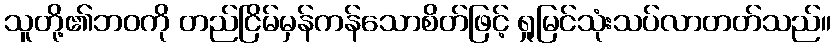
သူတို့၏ဘဝကို တည်ငြိမ်မှန်ကန်သောစိတ်ဖြင့် ရှုမြင်သုံးသပ်လာတတ်သည်။